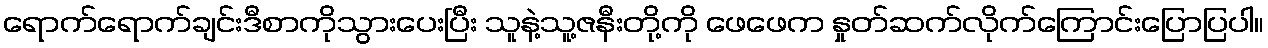
ရောက်ရောက်ချင်းဒီစာကိုသွားပေးပြီး သူနဲ့သူ့ဇနီးတို့ကို ဖေဖေက နှုတ်ဆက်လိုက်ကြောင်းပြောပြပါ။